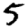
Digit: 5